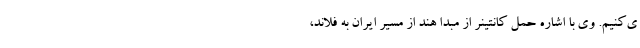
ی‌کنیم. وی با اشاره حمل کانتینر از مبدا هند از مسیر ایران به فلاند،